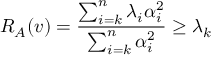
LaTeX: R _ { A } ( v ) = { \frac { \sum _ { i = k } ^ { n } \lambda _ { i } \alpha _ { i } ^ { 2 } } { \sum _ { i = k } ^ { n } \alpha _ { i } ^ { 2 } } } \geq \lambda _ { k }